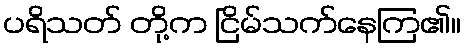
ပရိသတ် တို့က ငြိမ်သက်နေကြ၏။